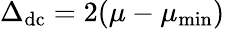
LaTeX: \begin{array}{r}{\Delta_{\mathrm{dc}}=2(\mu-\mu_{\mathrm{min}})}\end{array}